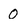
Character: 0